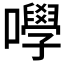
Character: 𡄆